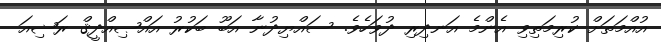
އުއްމަތަށް ކުރިމަތިވި އެންމެ އަނދިރި ދުވަހެވެ. ސައްޔިދުނާ އަބޫ ބަކުރު އައްޞިއްދީޤް ރަޟިއަ